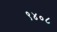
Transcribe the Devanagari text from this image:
९४०८